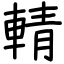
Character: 輤